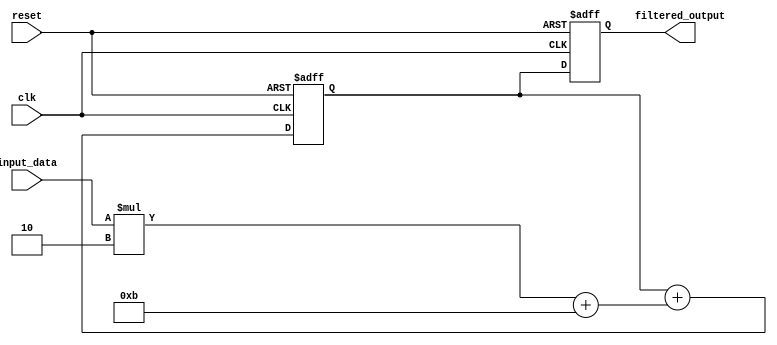
module IIR_filter_accumulator (
  input clk,
  input reset,
  input signed [15:0] input_data,
  output reg signed [15:0] filtered_output
);

// Coefficients for arithmetic operations
parameter coeff1 = 4'b0010;
parameter coeff2 = 4'b1011;

// Accumulator variable
reg signed [15:0] accumulator;

// Arithmetic block 1: Multiplication operation
reg signed [15:0] mult_result1;
assign mult_result1 = input_data * coeff1;

// Arithmetic block 2: Addition operation
reg signed [15:0] add_result2;
assign add_result2 = mult_result1 + coeff2;

always @(posedge clk or posedge reset) begin
  if (reset) begin
    accumulator <= 16'b0;
    filtered_output <= 16'b0;
  end else begin
    accumulator <= accumulator + add_result2;
    filtered_output <= accumulator;
  end
end

endmodule